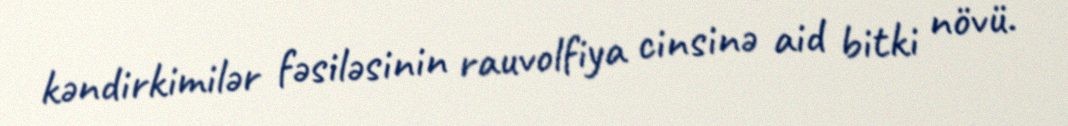
kəndirkimilər fəsiləsinin rauvolfiya cinsinə aid bitki növü.